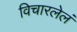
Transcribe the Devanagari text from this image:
विचारलेलं